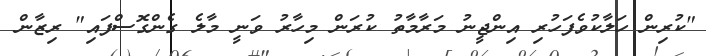
"ކުރިން ހަލާކުވެފަހުރި އިންޖީނު މަރާމާތު ކުރަން މިހާރު ވަނީ މާލެ ގެންގޮސްފައި" ރިޒާން